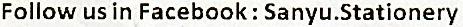
FOLLOW US IN FACEBOOK : SANYU.STATIONERY